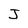
Character: J